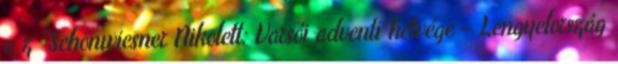
a z "Schönwiesner Nikolett: Varsói adventi hétvége – Lengyelország